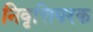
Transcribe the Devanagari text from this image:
निवृत्तिपरक